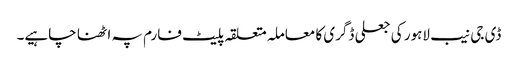
ڈی جی نیب لاہور کی جعلی ڈگری کا معاملہ متعلقہ پلیٹ فارم پہ اٹھنا چاہیے۔